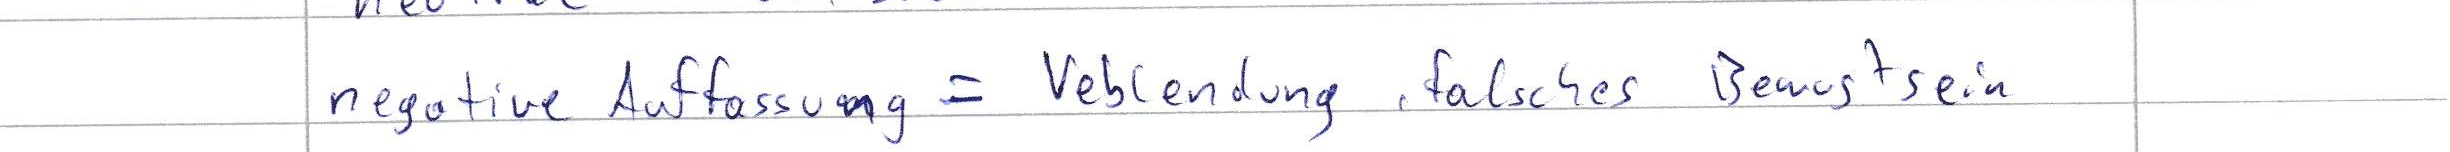
negative Auffassung = Veblendung, falsches Bewustsein